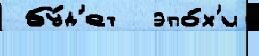
 бу́д'ет  эпо́х'и